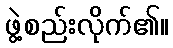
ဖွဲ့စည်းလိုက်၏။